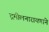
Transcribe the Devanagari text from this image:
द्रमीलनारायणाने